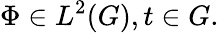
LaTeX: \Phi\in L^{2}(G),t\in G.